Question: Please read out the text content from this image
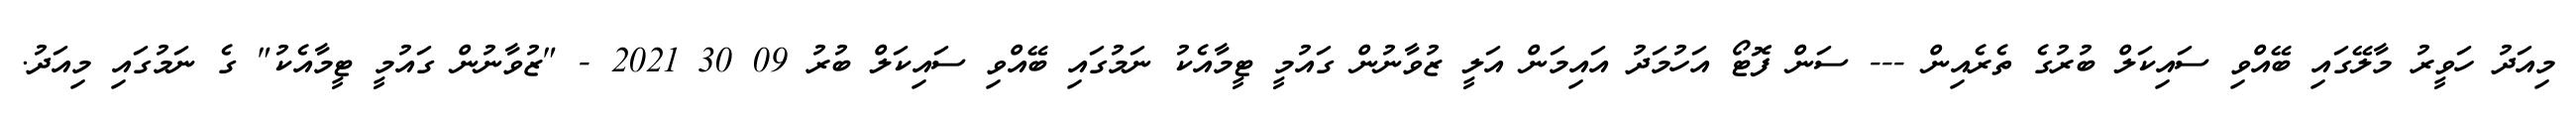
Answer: މިއަދު ހަވީރު މާލޭގައި ބޭއްވި ސައިކަލް ބުރުގެ ތެރެއިން --- ސަން ފޮޓޯ އަހުމަދު އައިމަން އަލީ ޒުވާނުން ގައުމީ ޓީމާއެކު ނަމުގައި ބޭއްވި ސައިކަލް ބުރު 09 30 2021 - "ޒުވާނުން ގައުމީ ޓީމާއެކު" ގެ ނަމުގައި މިއަދު.